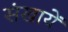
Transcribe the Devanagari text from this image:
संखायें